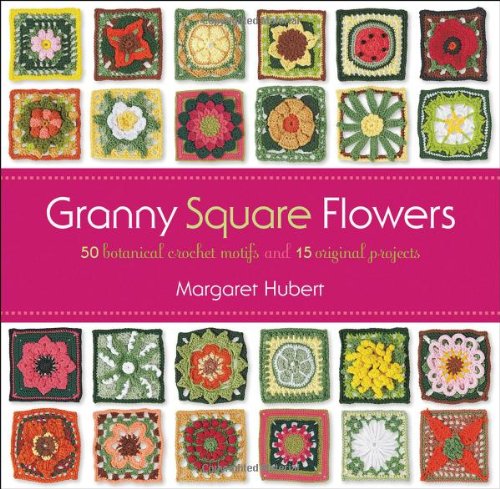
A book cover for Granny Square Flowers: 50 Botanical Crochet Motifs and 15 Original Projects; Margaret Hubert; Crafts, Hobbies & Home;